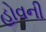
હોવની